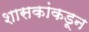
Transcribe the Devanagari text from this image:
शासकांकडून